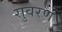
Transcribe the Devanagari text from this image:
सुवरण